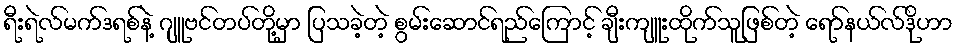
ရီးရဲလ်မက်ဒရစ်နဲ့ ဂျူဗင်တပ်တို့မှာ ပြသခဲ့တဲ့ စွမ်းဆောင်ရည်ကြောင့် ချီးကျူးထိုက်သူဖြစ်တဲ့ ရော်နယ်လ်ဒိုဟာ